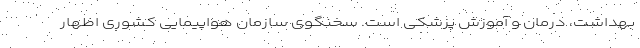
بهداشت، درمان و آموزش پزشکی است. سخنگوی سازمان هواپیمایی کشوری اظهار